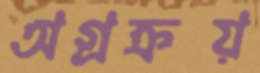
অগ্রক্রয়